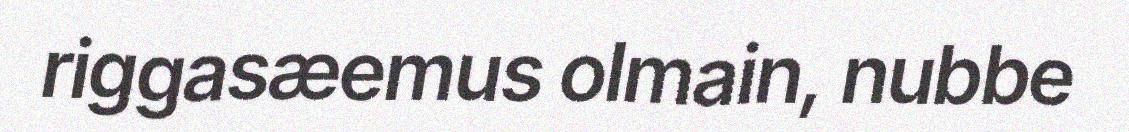
riggasæemus olmain, nubbe